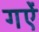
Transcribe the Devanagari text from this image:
गऐं